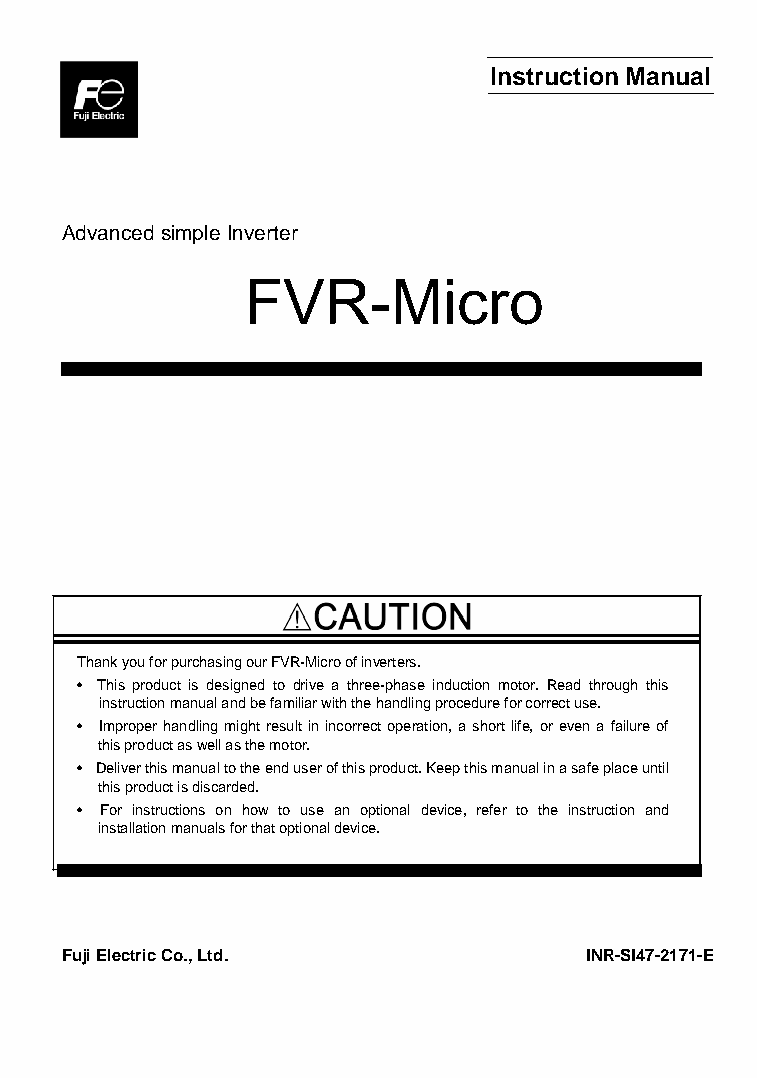
Instruction Manual
 Advanced simple Inverter
 FVR-Micro
 Thank you for purchasing our FVR-Micro of inverters.
 • This product is designed to drive a three-phase induction motor. Read through this
 instruction manual and be familiar with the handling procedure for correct use.
 • Improper handling might result in incorrect operation, a short life, or even a failure of
 this product as well as the motor.
 • Deliver this manual to the end user of this product. Keep this manual in a safe place until
 this product is discarded.
 • For instructions on how to use an optional device, refer to the instruction and
 installation manuals for that optional device.
 Fuji Electric Co., Ltd.            INR-SI47-2171-E